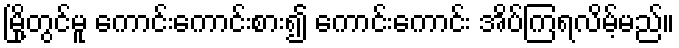
မြို့တွင်မူ ကောင်းကောင်းစား၍ ကောင်းကောင်း အိပ်ကြရလိမ့်မည်။